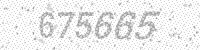
Solution: 675665